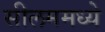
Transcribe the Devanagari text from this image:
सीलममध्ये